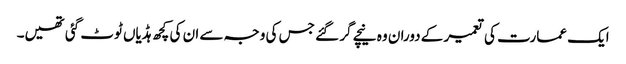
ایک عمارت کی تعمیر کے دوران وہ نیچے گر گئے جس کی وجہ سے ان کی کچھ ہڈیاں ٹوٹ گئی تھیں۔